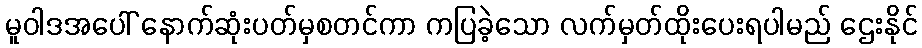
မူဝါဒအပေါ် နောက်ဆုံးပတ်မှစတင်ကာ ကပြခဲ့သော လက်မှတ်ထိုးပေးရပါမည် ဌေးနိုင်